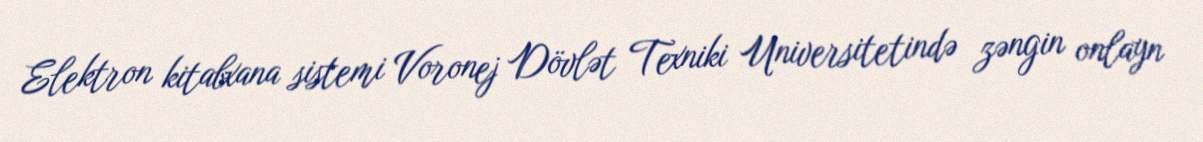
Elektron kitabxana sistemi Voronej Dövlət Texniki Universitetində zəngin onlayn